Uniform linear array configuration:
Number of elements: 12
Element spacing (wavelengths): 0.75
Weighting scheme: hann
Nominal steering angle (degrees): -15
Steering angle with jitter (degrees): -16.878
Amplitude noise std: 0.05
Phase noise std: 0.05

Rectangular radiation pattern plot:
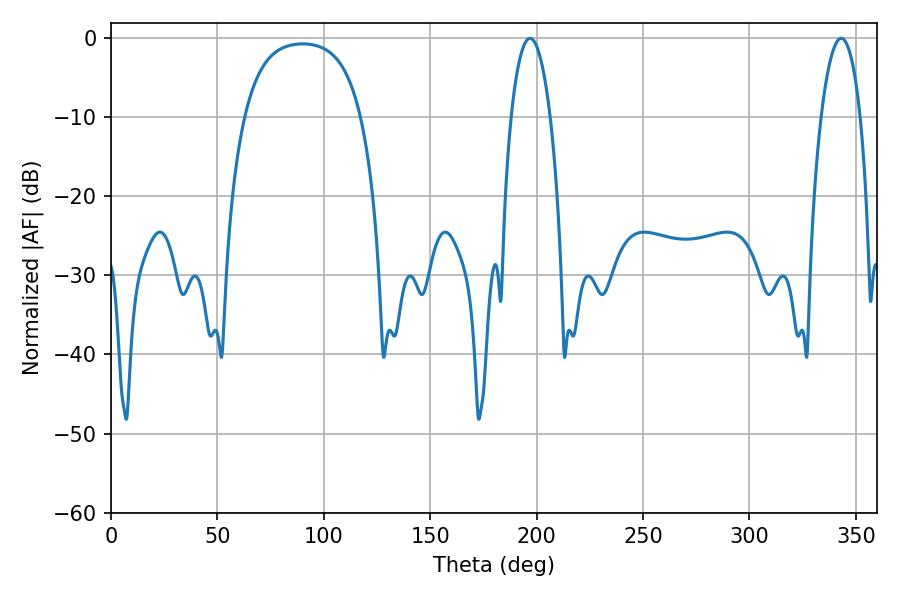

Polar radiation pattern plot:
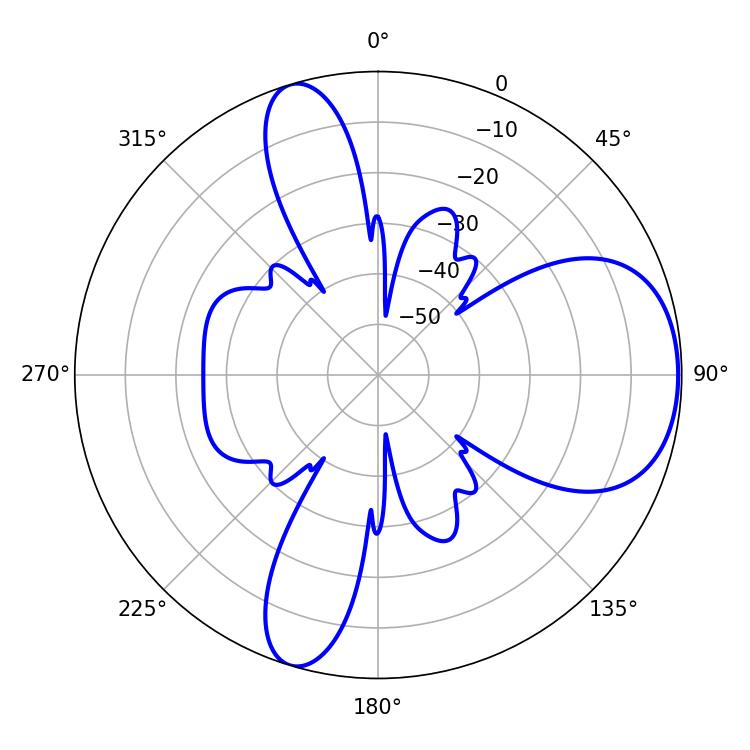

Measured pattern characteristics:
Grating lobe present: TRUE
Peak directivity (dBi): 6.729
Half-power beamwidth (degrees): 10.26
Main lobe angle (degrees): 196.92